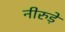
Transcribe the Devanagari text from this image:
नीरुड़े